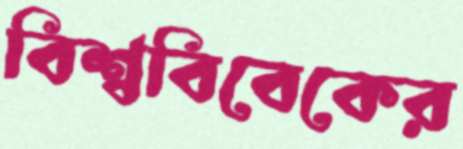
বিশ্ববিবেকের